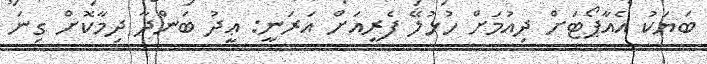
ބަޔަކު އެއާޕޯޓަށް ދިއުމަށް ހުޅުލޭ ފެރީއަށް އަރަނީ: ޢީދު ބަންދާ ދިމާކޮށް ގިނަ